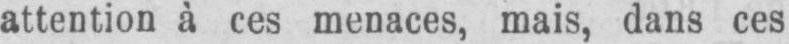
attention à ces menaces, mais, dans ces